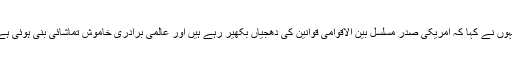
انہوں نے کہا کہ امریکی صدر مسلسل بین الاقوامی قوانین کی دھجیاں بکھیر رہے ہیں اور عالمی برادری خاموش تماشائی بنی ہوئی ہے۔